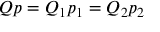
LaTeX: Q p = Q _ { 1 } p _ { 1 } = Q _ { 2 } p _ { 2 }